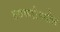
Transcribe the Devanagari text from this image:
तबकडीमधील